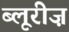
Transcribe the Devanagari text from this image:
ब्लूरीज़